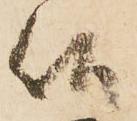
候